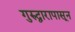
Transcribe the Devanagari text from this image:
गुरुद्वारापासून